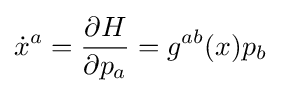
{\dot {x}}^{a}={\frac {\partial H}{\partial p_{a}}}=g^{ab}(x)p_{b}